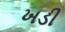
ખડી